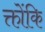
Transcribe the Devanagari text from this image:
क्तोंकि